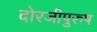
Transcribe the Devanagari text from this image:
दोरजीपुरुष